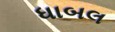
ધાબલ